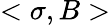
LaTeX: <\sigma,B>